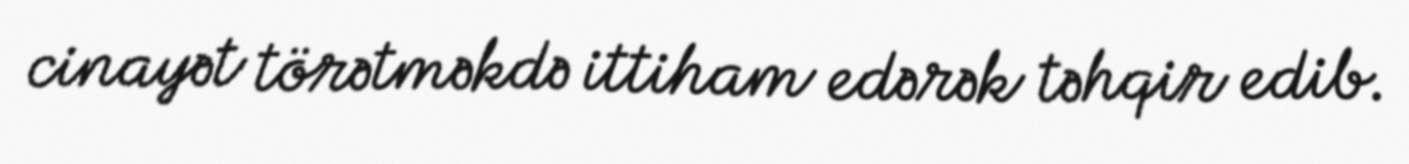
cinayət törətməkdə ittiham edərək təhqir edib.